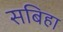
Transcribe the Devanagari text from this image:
सबिहा